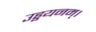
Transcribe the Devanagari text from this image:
उड्डयनम्।